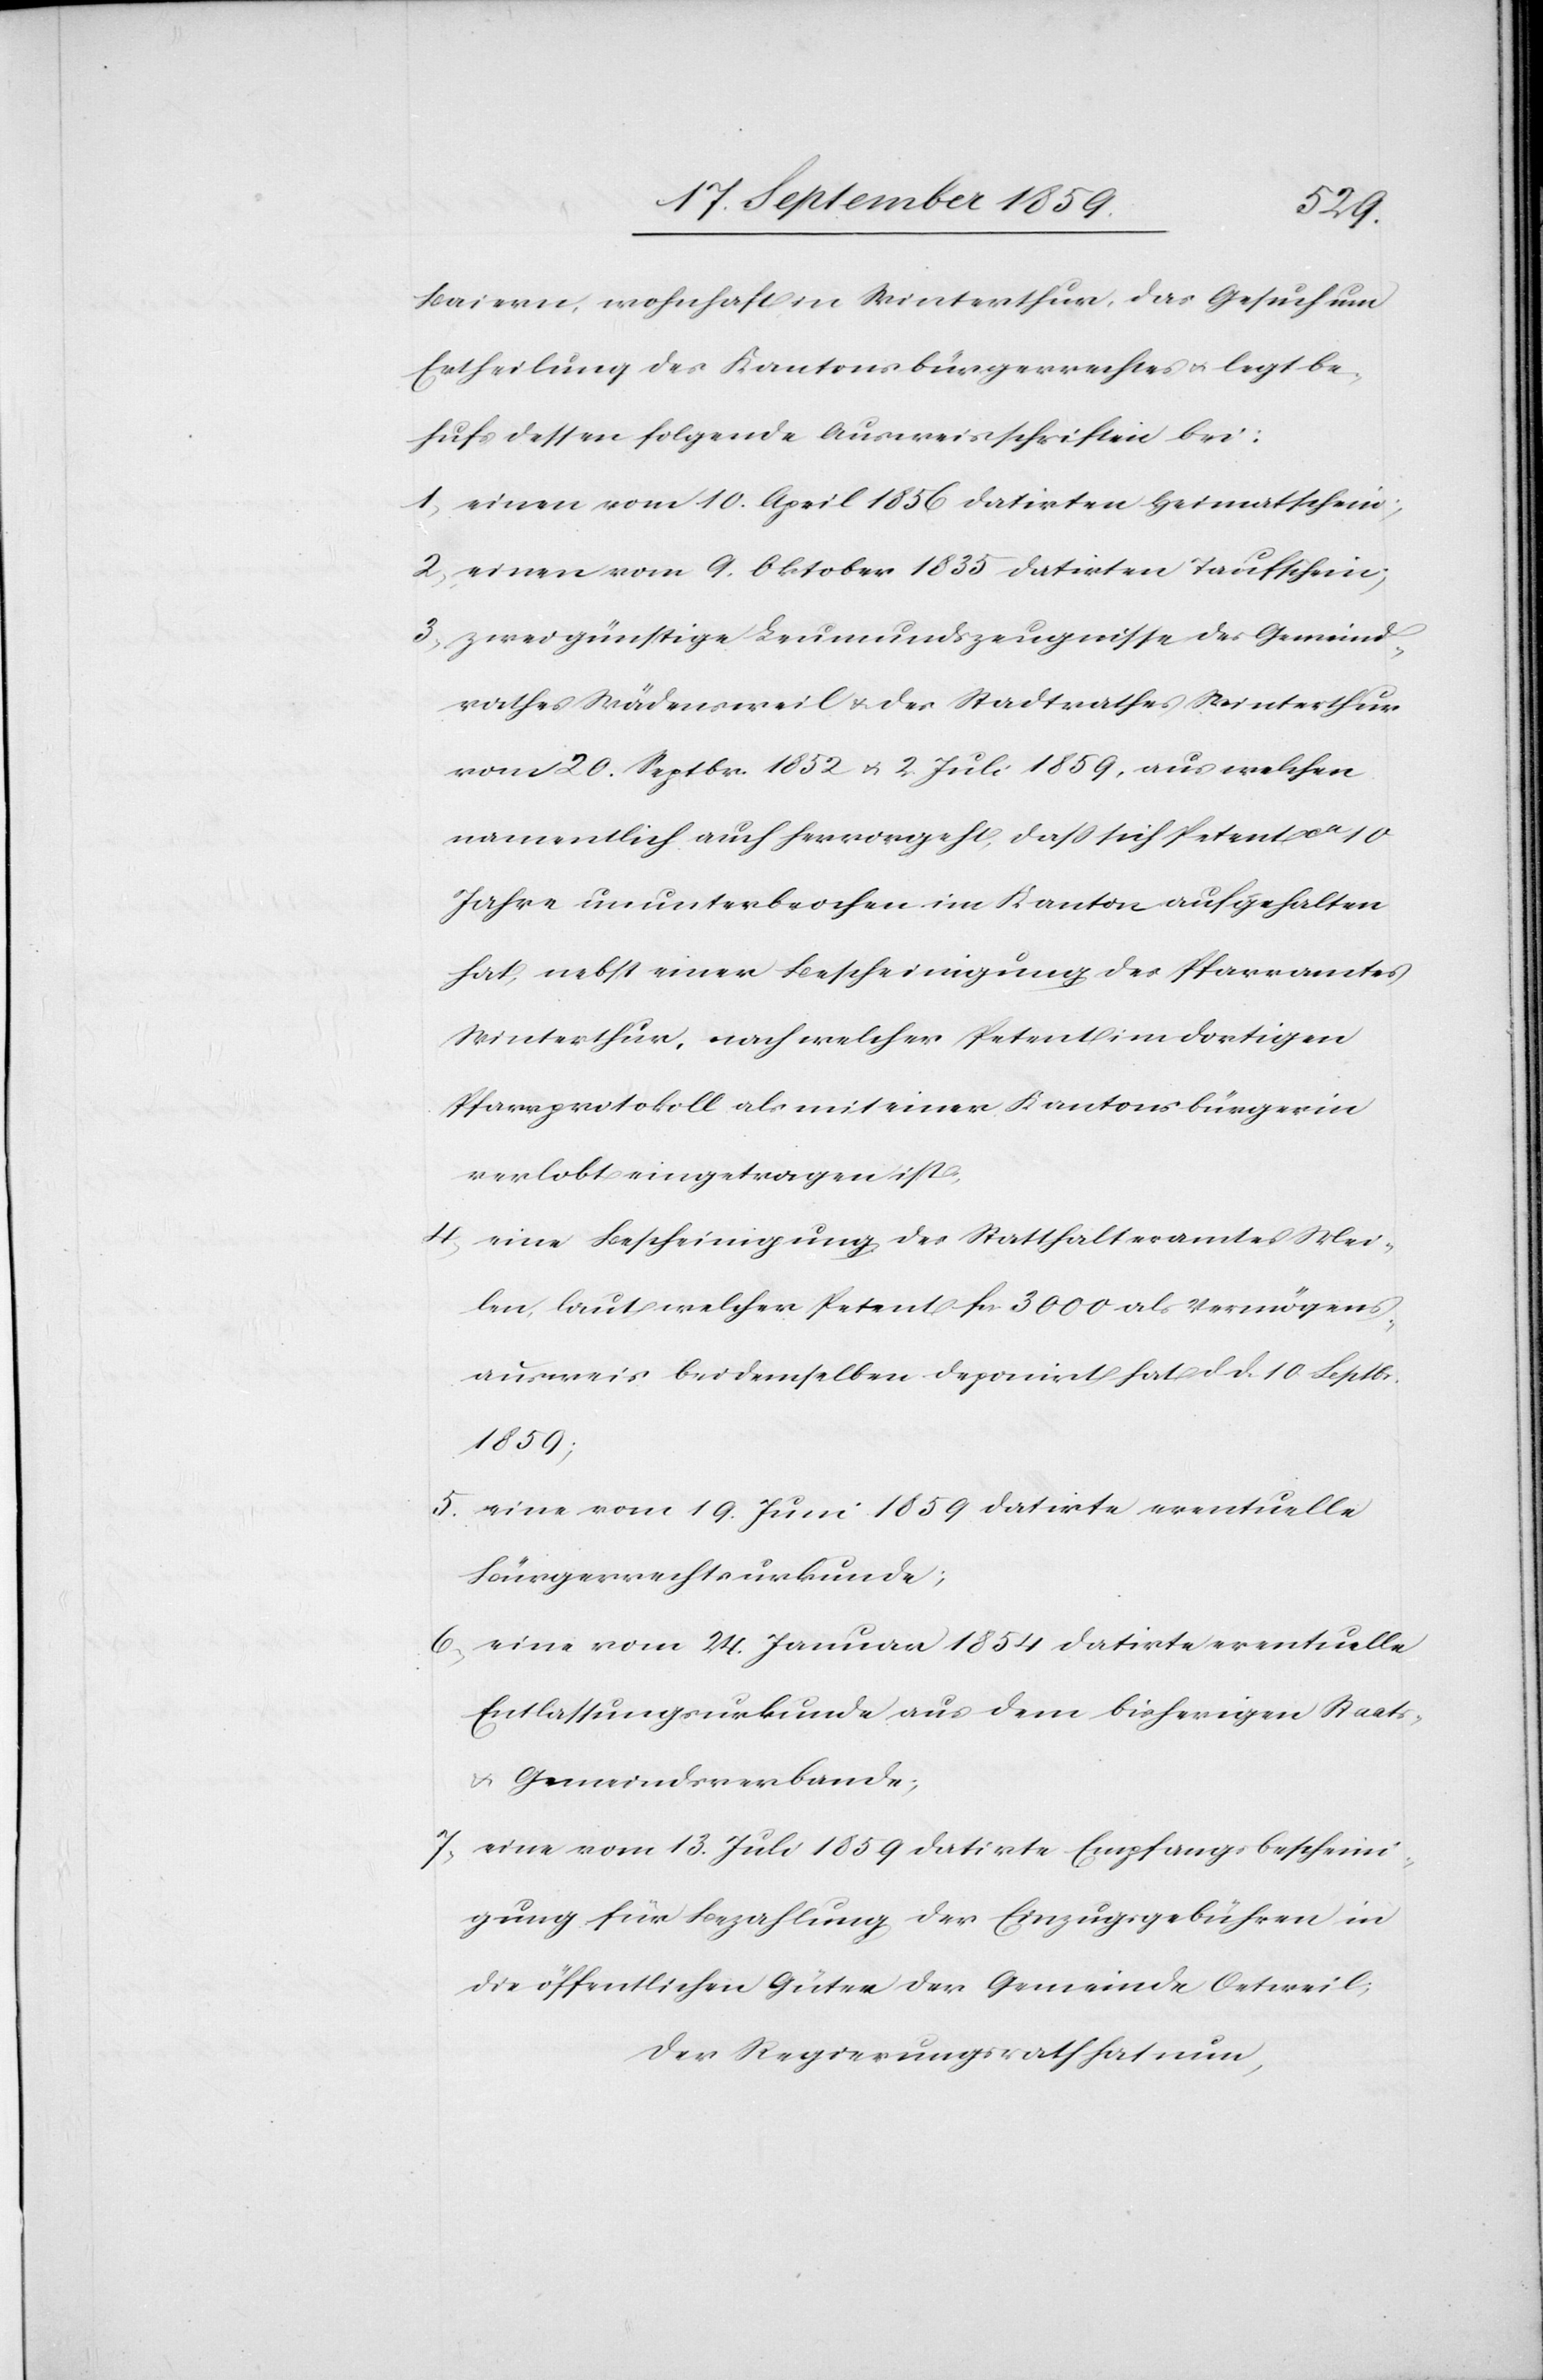
Baiern, wohnhaft in Winterthur, das Gesuch um
Ertheilung des Kantonsbürgerrechtes & legt be¬
hufs dessen folgende Ausweisschriften bei:
1. einen vom 10. April 1856 datirten Heimatschein;
2. einen vom 9. Oktober 1835 datirten Taufschein;
3. zwei günstige Leumundszeugnisse des Gemeind¬
rathes Wädenschweil & des Stadtrathes Winterthur
vom 20. Septbr. 1852 & 2. Juli 1859, aus welchen
namentlich auch hervorgeht, daß sich Petent ca. 10
Jahre ununterbrochen im Kanton aufgehalten
hat, nebst einer Bescheinigung des Pfarramtes
Winterthur, nach welcher Petent im dortigen
Pfarrprotokoll als mit einer Kantonsbürgerin
verlobt eingetragen ist.
4. eine Bescheinigung des Statthalteramtes Mei¬
len, laut welcher Petent fcs. 3000 als Vermögens¬
ausweis bei demselben deponirt hat, d. d. 10. Septbr.
1859;
5. eine vom 19. Juni 1859 datirte eventuelle
Bürgerrechtsurkunde;
6. eine vom 24. Januar 1854 datirte eventuelle
Entlassungsurkunde aus dem bisherigen Staats-
& Gemeindsverbande;
7. eine vom 13. Juli 1859 datirte Empfangsbescheini¬
gung für Bezahlung der Einzugsgebühren in
die öffentlichen Güter der Gemeinde Oetweil;
Der Regierungsrath hat nun,